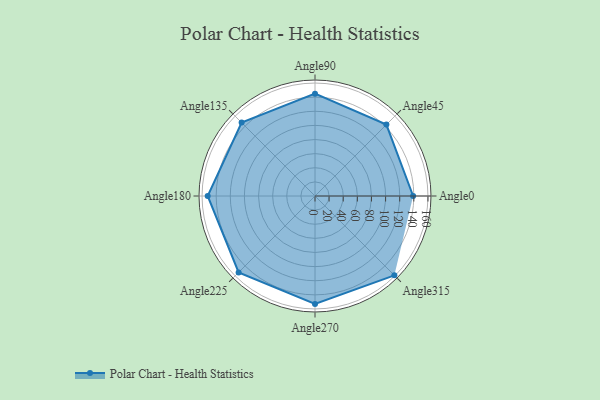
{"axis": {"x": "Angle", "y": "Radius"}, "legend": [""], "data": [{"x": "Angle0", "y": 139.0, "type": ""}, {"x": "Angle45", "y": 143.0, "type": ""}, {"x": "Angle90", "y": 145.0, "type": ""}, {"x": "Angle135", "y": 147.0, "type": ""}, {"x": "Angle180", "y": 152.0, "type": ""}, {"x": "Angle225", "y": 153.0, "type": ""}, {"x": "Angle270", "y": 153.0, "type": ""}, {"x": "Angle315", "y": 159.0, "type": ""}]}